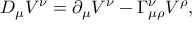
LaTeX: D _ { \mu } V ^ { \nu } = \partial _ { \mu } V ^ { \nu } - \Gamma _ { \mu \rho } ^ { \nu } V ^ { \rho } ,